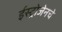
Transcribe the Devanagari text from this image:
ईस्ट्रोजेनचे